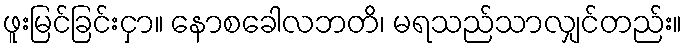
ဖူးမြင်ခြင်းငှာ။ နောစခေါလဘတိ၊ မရသည်သာလျှင်တည်း။